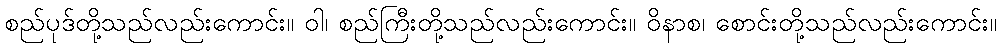
စည်ပုဒ်တို့သည်လည်းကောင်း။ ဝါ၊ စည်ကြီးတို့သည်လည်းကောင်း။ ဝိနာစ၊ စောင်းတို့သည်လည်းကောင်း။